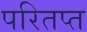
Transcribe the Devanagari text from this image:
परितप्त